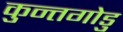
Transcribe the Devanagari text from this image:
कुन्तगोडु